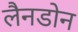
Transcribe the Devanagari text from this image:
लैनडोन